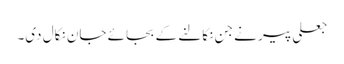
جعلی پیر نے جن نکالنے کے بجائے جان نکال دی۔